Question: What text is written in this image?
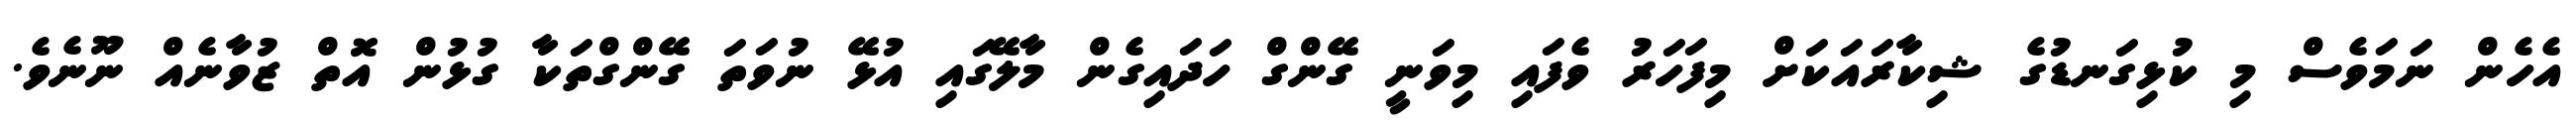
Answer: އެހެން ނަމަވެސް މި ކުޅިގަނޑުގެ ޝިކާރައަކަށް މިފަހަރު ވެފައި މިވަނީ ގޭންގް ހަދައިގެން މާލޭގައި އުޅޭ ނުވަތަ ގޭންގްތަކާ ގުޅުން އޮތް ޒުވާނެއް ނޫނެވެ.